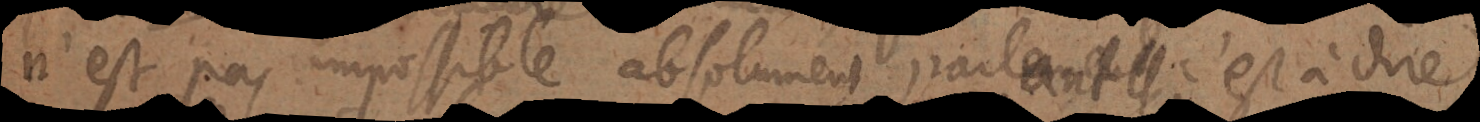
n’est pas impossible absolument parlant, c’est à di